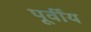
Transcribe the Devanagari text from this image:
पूर्वींय